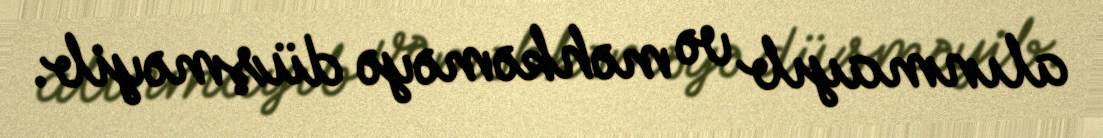
alınmayıb və məhkəməyə düşməyib.